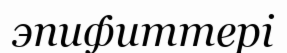
эпифиттері